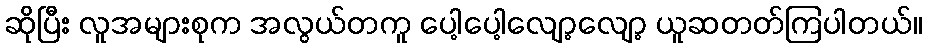
ဆိုပြီး လူအများစုက အလွယ်တကူ ပေါ့ပေါ့လျော့လျော့ ယူဆတတ်ကြပါတယ်။